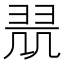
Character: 𱻗